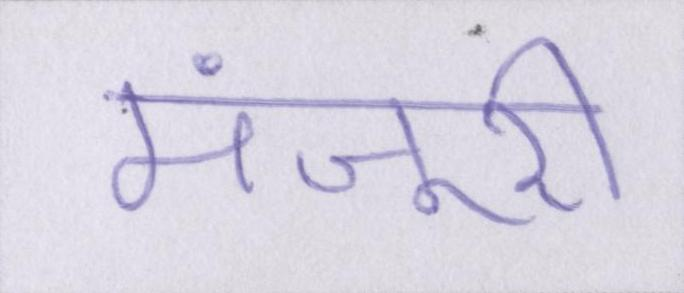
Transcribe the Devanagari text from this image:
मंजूरी